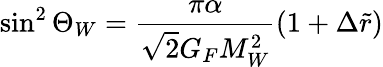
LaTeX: \sin^{2}{\Theta_{W}}=\frac{\pi\alpha}{\sqrt{2}G_{F}M_{W}^{2}}(1+\Delta\tilde{r})